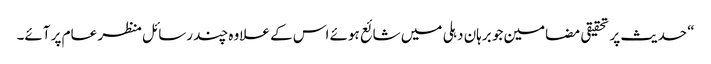
“ حدیث پر تحقیقی مضامین جو برہان دہلی میں شائع ہوئے اس کے علاوہ چند رسائل منظر عام پر آئے۔